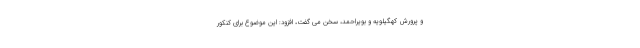
و پرورش کهگیلویه و بویراحمد، سخن می گفت، افزود: این موضوع برای کنکور